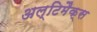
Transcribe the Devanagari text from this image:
अल्टिमैक्स